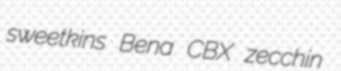
sweetkins Bena CBX zecchin